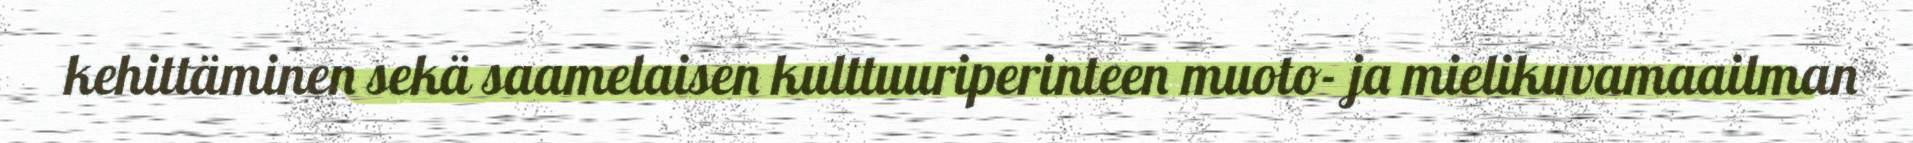
kehittäminen sekä saamelaisen kulttuuriperinteen muoto- ja mielikuvamaailman